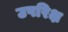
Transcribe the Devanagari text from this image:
उपरिक्ष